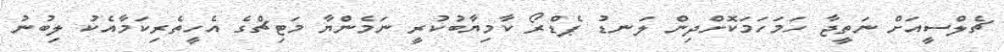
ޗެލްސީއަށް ނަތީޖާ ހަމަހަމަކޮށްދިން ލަނޑު ޕެޑްރޯ ކާމިޔާބުކުރީ ނަމެންޔާ މަޓިޗްގެ އެހީތެރިކަމާއެކު ލިބުނު